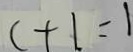
c + 1 = 1